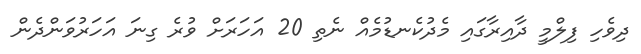
ދިވެހި ފިލްމީ ދާއިރާގައި މެދުކެނޑުމެއް ނެތި 20 އަހަރަށް ވުރެ ގިނަ އަހަރުވަންދެން